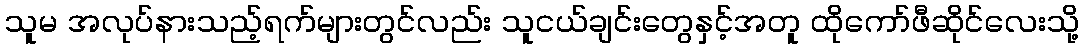
သူမ အလုပ်နားသည့်ရက်များတွင်လည်း သူငယ်ချင်းတွေနှင့်အတူ ထိုကော်ဖီဆိုင်လေးသို့